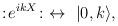
LaTeX: \begin{align*}:\! e^{i k X} \! : \ \leftrightarrow\ |0,k\rangle,\end{align*}